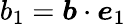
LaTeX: b_{1}=\boldsymbol{b}\cdot\boldsymbol{e}_{1}